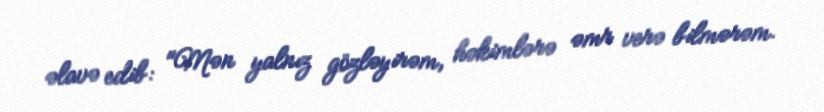
əlavə edib: "Mən yalnız gözləyirəm, həkimlərə əmr verə bilmərəm.